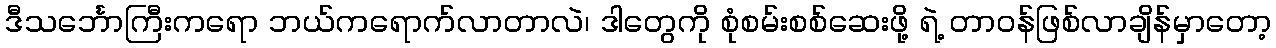
ဒီသင်္ဘောကြီးကရော ဘယ်ကရောက်လာတာလဲ၊ ဒါတွေကို စုံစမ်းစစ်ဆေးဖို့ ရဲ့ တာဝန်ဖြစ်လာချိန်မှာတော့